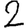
Digit: 2